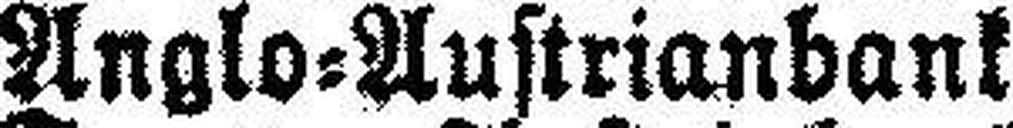
Anglo=Austrianbank